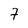
Character: 7